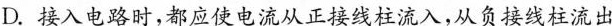
D.接入电路时，都应使电流从正接线柱流入，从负接线柱流出